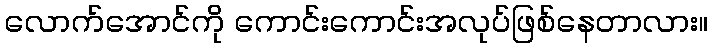
လောက်အောင်ကို ကောင်းကောင်းအလုပ်ဖြစ်နေတာလား။